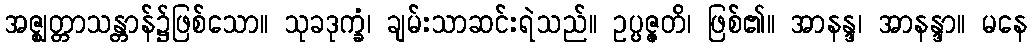
အဇ္ဈတ္တာသန္တာန်၌ဖြစ်သော။ သုခဒုက္ခံ၊ ချမ်းသာဆင်းရဲသည်။ ဥပ္ပဇ္ဇတိ၊ ဖြစ်၏။ အာနန္ဒ၊ အာနန္ဒာ။ မနေ